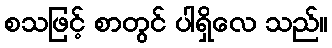
စသဖြင့် စာတွင် ပါရှိလေ သည်။